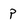
Character: p